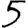
Digit: 5